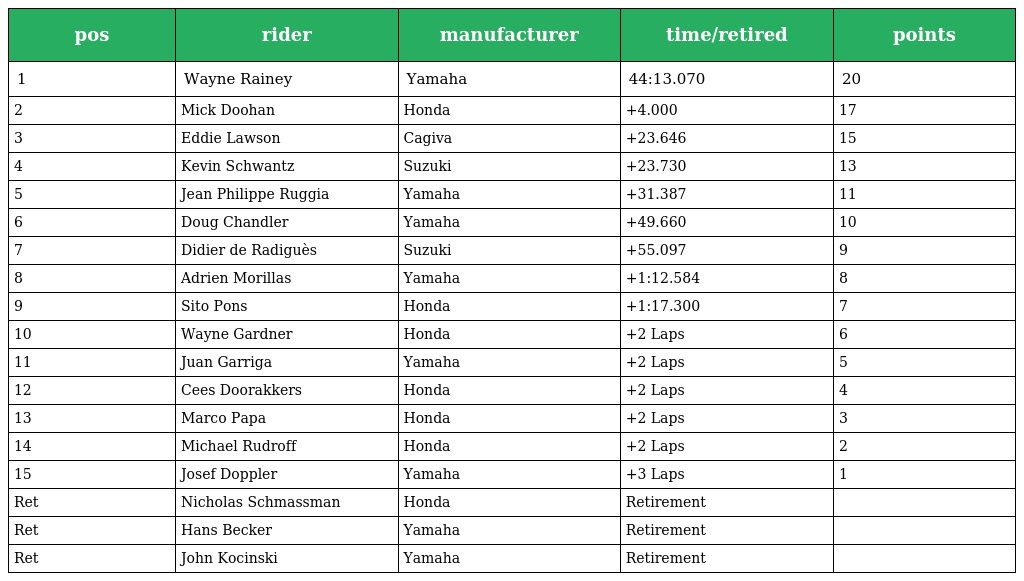
| pos | rider | manufacturer | time/retired | points |
 | --- | --- | --- | --- | --- |
 | 1 | Wayne Rainey | Yamaha | 44:13.070 | 20 |
 | 2 | Mick Doohan | Honda | +4.000 | 17 |
 | 3 | Eddie Lawson | Cagiva | +23.646 | 15 |
 | 4 | Kevin Schwantz | Suzuki | +23.730 | 13 |
 | 5 | Jean Philippe Ruggia | Yamaha | +31.387 | 11 |
 | 6 | Doug Chandler | Yamaha | +49.660 | 10 |
 | 7 | Didier de Radiguès | Suzuki | +55.097 | 9 |
 | 8 | Adrien Morillas | Yamaha | +1:12.584 | 8 |
 | 9 | Sito Pons | Honda | +1:17.300 | 7 |
 | 10 | Wayne Gardner | Honda | +2 Laps | 6 |
 | 11 | Juan Garriga | Yamaha | +2 Laps | 5 |
 | 12 | Cees Doorakkers | Honda | +2 Laps | 4 |
 | 13 | Marco Papa | Honda | +2 Laps | 3 |
 | 14 | Michael Rudroff | Honda | +2 Laps | 2 |
 | 15 | Josef Doppler | Yamaha | +3 Laps | 1 |
 | Ret | Nicholas Schmassman | Honda | Retirement |  |
 | Ret | Hans Becker | Yamaha | Retirement |  |
 | Ret | John Kocinski | Yamaha | Retirement |  |